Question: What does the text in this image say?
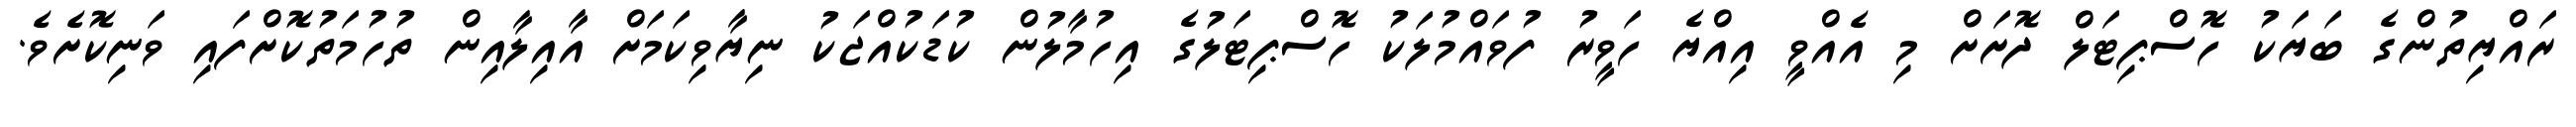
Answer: ރައްޔިތުންގެ ބަޔަކު ހޮސްޕިޓަލް ދޮށަށް މި އެއްވީ އިއްޔެ ހަވީރު ފުވައްމުލަކު ހޮސްޕިޓަލުގެ އިހުމާލުން ކުޑަކުއްޖަކު ނިޔާވިކަމަށް އާއިލާއިން ތުހުމަތުކޮށްފައި ވަނިކޮށެވެ.